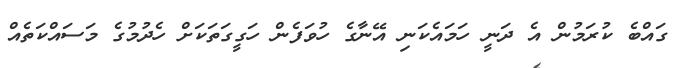
ގައްބެ ކުރަމުން އެ ދަނީ ހަމައެކަނި އޭނާގެ ހުވަފެން ހަގީގަތަކަށް ހެދުމުގެ މަސައްކަތެއް